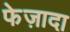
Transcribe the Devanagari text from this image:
फेज़ादा